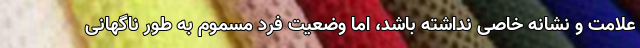
علامت و نشانه خاصی نداشته باشد، اما وضعیت فرد مسموم به طور ناگهانی